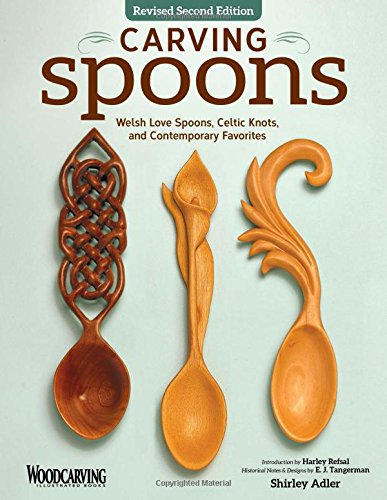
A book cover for Carving Spoons, Revised Second Edition: Welsh Love Spoons, Celtic Knots, and Contemporary Favorites; Shirley Adler; Crafts, Hobbies & Home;